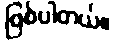
ဖြစ်ပါတယ်။